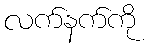
လက်နက်ကို